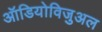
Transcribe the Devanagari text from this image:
ऑडियोविजुअल